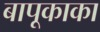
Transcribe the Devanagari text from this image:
बापूकाका